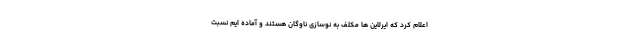
اعلام کرد که ایرلاین ها مکلف به نوسازی ناوگان هستند و آماده ایم نسبت